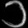
Digit: ၁